Investigations on Bengal jail dietaries - Number 37
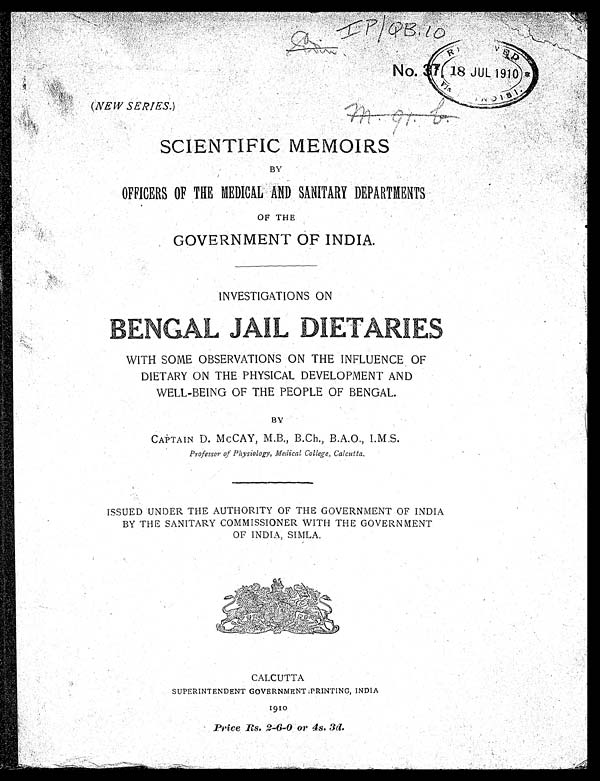
(NEW SERIES.)
m. 91. b.
I P / Q B . 1 0
No.37.
SCIENTIFIC MEMOIRS
BY
OFFICERS OF THE MEDICAL AND SANITARY DEPARTMENTS
OF THE
GOVERNMENT OF INDIA.
INVESTIGATIONS ON
B E N G A L J A I L D I E T A R I E S W I T H S O M E O B S E R V A T I O N S O N T H E I N F L U E N C E O F
D I E T A R Y O N T H E P H Y S I C A L D E V E L O P M E N T A N D W E L L - B E I N G O F T H E P E O P L E O F B E N G A L . S O M E O B S E R V A T I O N S O N T H E I N F L U E N C E O F
DIETARY ON THE PHYSICAL DEVELOPMENT AND
WELL-BEING OF THE PEOPLE OF BENGAL.
BY
CAPTAIN D. MCCAY, M.B., B.Ch., B.A.O., I.M.S.
Professor of Physiology, Medical College, Calcutta.
ISSUED UNDER THE AUTHORITY OF THE GOVERNMENT OF INDIA
BY THE SANITARY COMMISSIONER WITH THE GOVERNMENT
OF INDIA, SIMLA,
CALCUTTA
SUPERINTENDENT GOVERNMENT PRINTING, INDIA
1 9 1 0
Price Rs. 2-6-0 or 4s. 3d.